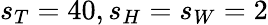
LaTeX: s_{T}=40,s_{H}=s_{W}=2